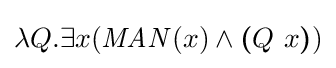
\lambda Q.\exists x({\mathit {MAN}}(x)\wedge {\boldsymbol {(}}Q\ x{\boldsymbol {)}})